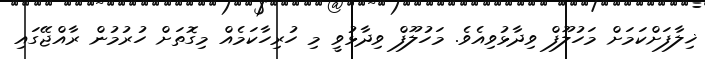
ޚިލާފަށްކަމަށް މަހުލޫފް ވިދާޅުވިއެވެ. މަހުލޫފް ވިދާޅުވީ މި ހުރިހާކަމެއް މިގޮތަށް ހުރުމުން ރާއްޖޭގައި